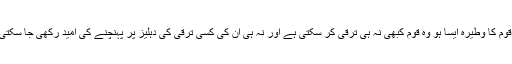
جس قوم کا وطیرہ ایسا ہو وہ قوم کبھی نہ ہی ترقی کر سکتی ہے اور نہ ہی ان کی کسی ترقی کی دہلیز پر پہنچنے کی اُمید رکھی جا سکتی ہے۔